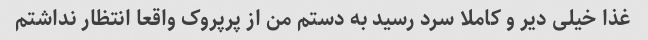
غذا خیلی دیر و کاملا سرد رسید به دستم من از پرپروک واقعا انتظار نداشتم